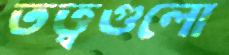
তত্ত্বগুলো